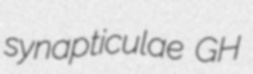
synapticulae GH